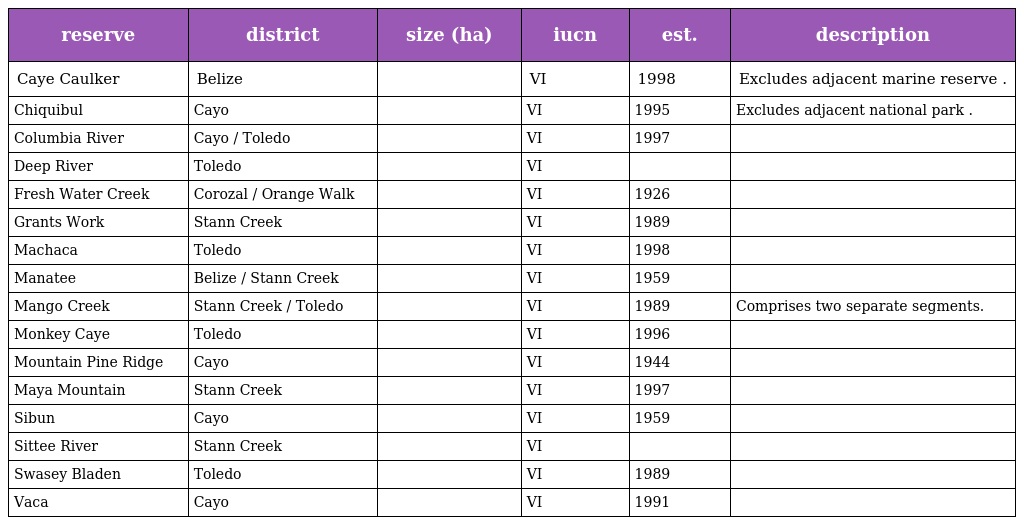
| reserve | district | size (ha) | iucn | est. | description |
 | --- | --- | --- | --- | --- | --- |
 | Caye Caulker | Belize |  | VI | 1998 | Excludes adjacent marine reserve . |
 | Chiquibul | Cayo |  | VI | 1995 | Excludes adjacent national park . |
 | Columbia River | Cayo / Toledo |  | VI | 1997 |  |
 | Deep River | Toledo |  | VI |  |  |
 | Fresh Water Creek | Corozal / Orange Walk |  | VI | 1926 |  |
 | Grants Work | Stann Creek |  | VI | 1989 |  |
 | Machaca | Toledo |  | VI | 1998 |  |
 | Manatee | Belize / Stann Creek |  | VI | 1959 |  |
 | Mango Creek | Stann Creek / Toledo |  | VI | 1989 | Comprises two separate segments. |
 | Monkey Caye | Toledo |  | VI | 1996 |  |
 | Mountain Pine Ridge | Cayo |  | VI | 1944 |  |
 | Maya Mountain | Stann Creek |  | VI | 1997 |  |
 | Sibun | Cayo |  | VI | 1959 |  |
 | Sittee River | Stann Creek |  | VI |  |  |
 | Swasey Bladen | Toledo |  | VI | 1989 |  |
 | Vaca | Cayo |  | VI | 1991 |  |